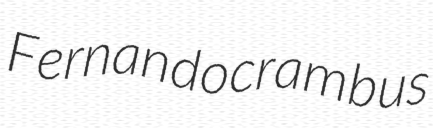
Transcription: Fernandocrambus